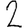
Digit: 2